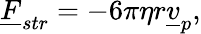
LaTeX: \underline{{F}}_{str}=-6\pi\eta r\underline{{v}}_{p},